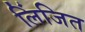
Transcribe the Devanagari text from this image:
लिंजित